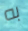
به